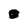
Character: 0